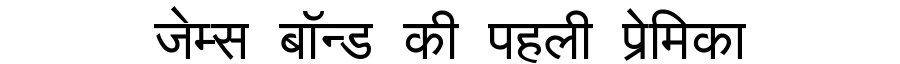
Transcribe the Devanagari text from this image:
जेम्स बॉन्ड की पहली प्रेमिका